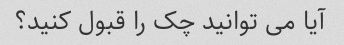
آیا می توانید چک را قبول کنید؟